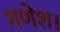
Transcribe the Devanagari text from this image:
गणेश।